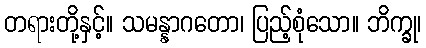
တရားတို့နှင့်။ သမန္နာဂတော၊ ပြည့်စုံသော။ ဘိက္ခု၊